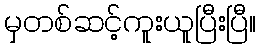
မှတစ်ဆင့်ကူးယူပြီးပြီ။